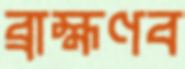
ব্রাহ্মণব